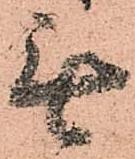
無